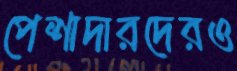
পেশাদারদেরও